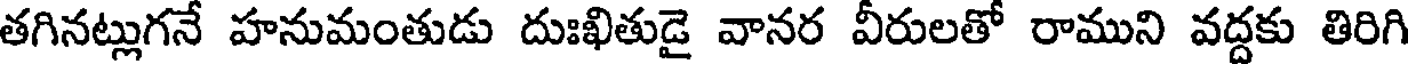
తగినట్లుగనే హనుమంతుడు దుఃఖితుడై వానర వీరులతో రాముని వద్దకు తిరిగి